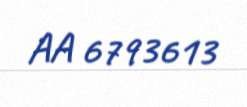
AA 6793613